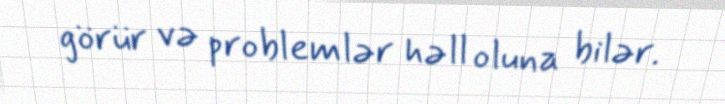
görür və problemlər həll oluna bilər.